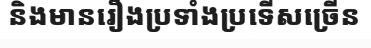
និងមានរឿងប្រទាំងប្រទើសច្រើន